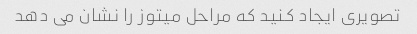
تصویری ایجاد کنید که مراحل میتوز را نشان می دهد